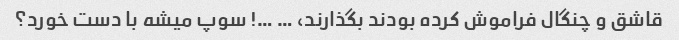
قاشق و چنگال فراموش کرده بودند بگذارند، … …! سوپ میشه با دست خورد؟